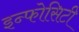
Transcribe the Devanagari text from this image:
इन्फोसिटी